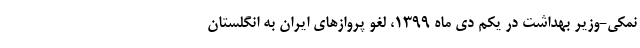
نمکی-وزیر بهداشت در یکم دی ماه 1399، لغو پروازهای ایران به انگلستان